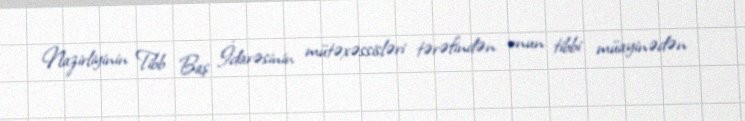
Nazirliyinin Tibb Baş İdarəsinin mütəxəssisləri tərəfindən onun tibbi müayinədən